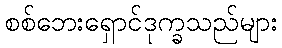
စစ်ဘေးရှောင်ဒုက္ခသည်များ